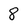
Character: 8